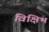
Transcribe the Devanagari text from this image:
विक्षिभ